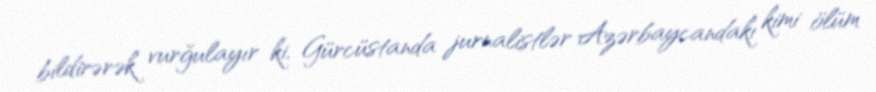
bildirərək vurğulayır ki, Gürcüstanda jurnalistlər Azərbaycandakı kimi ölüm